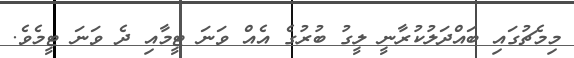
މިމެޗުގައި ބައްދަލުކުރާނީ ލީގު ބުރުގެ އެއް ވަނަ ޓީމާއި ދެ ވަނަ ޓީމެވެ.